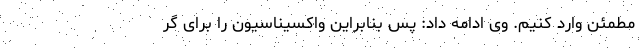
مطمئن وارد کنیم. وی ادامه داد: پس بنابراین واکسیناسیون را برای گر